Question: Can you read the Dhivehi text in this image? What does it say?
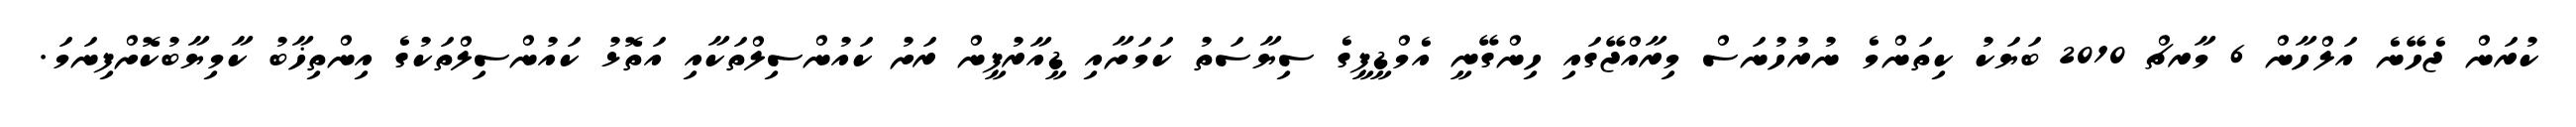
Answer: ކުރަން ޖެހޭނެ އަލްހާން 6 މާރޗް 2010 ބަޔަކު ކިތަންމެ ނުރުހުނަސް މިރާއްޖޭގައި ހިންގޭނީ އެމްޑީޕީގެ ސިޔާސަތު ކަމަށާއި ޑީއާރުޕީން ރަށު ކައުންސިލްތަކާއި އަތޮޅު ކައުންސިލްތަކުގެ އިންތިޚާބު ކާމިޔާބުކޮށްފިނަމަ.